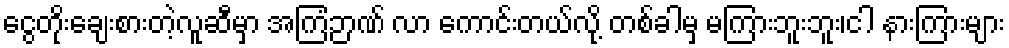
ငွေတိုးချေးစားတဲ့လူဆီမှာ အကြံဉာဏ် လာ ကောင်းတယ်လို့ တစ်ခါမှ မကြားဘူးဘူး၊ငါ နားကြားများ